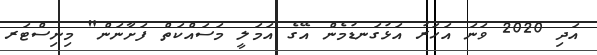
އަދި 2020 ވަނަ އަހަރު އަޅުގަނޑުމެން އޭގެ އަމަލީ މަސައްކަތް ފަށާނަން" މިނިސްޓަރ